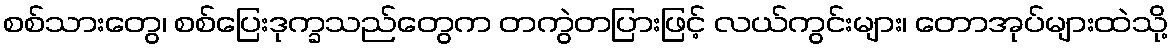
စစ်သားတွေ၊ စစ်ပြေးဒုက္ခသည်တွေက တကွဲတပြားဖြင့် လယ်ကွင်းများ၊ တောအုပ်များထဲသို့